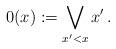
LaTeX: \begin{align*} 0(x) & := \bigvee_{x' < x} x'\,.\end{align*}